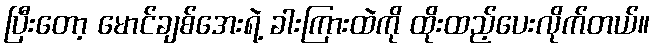
ပြီးတော့ မောင်ချစ်အေးရဲ့ ခါးကြားထဲကို ထိုးထည့်ပေးလိုက်တယ်။